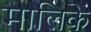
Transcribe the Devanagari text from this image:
मालिके